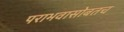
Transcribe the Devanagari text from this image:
पराभवासोबतच